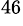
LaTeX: ^{46}